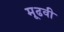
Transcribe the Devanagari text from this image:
मूढवी